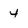
Character: 4